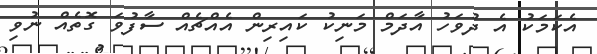
އެކަމަކު އެ ދުވަހު އާދަމް މަނިކު ކައިރިން އެއްޗެއް ސާފުވަ ގޮތެއް ނުވި